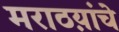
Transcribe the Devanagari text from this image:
मराठय़ांचे